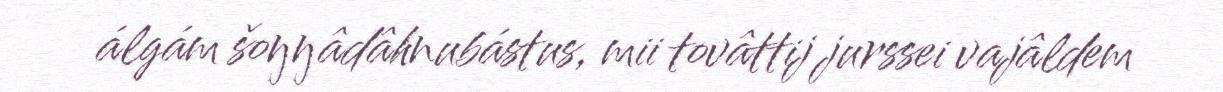
álgám šoŋŋâdâhnubástus, mii tovâttij jurssei vajâldem